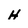
Character: H